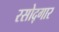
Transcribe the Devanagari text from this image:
रसोद्गार